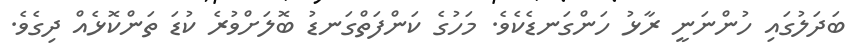
ބަދަލުގައި ހުންނަނީ ރާޅު ހަންގަނޑެކެވެ. މަހުގެ ކަންފަތްގަނޑު ބޮލަށްވުރެ ކުޑަ ތަންކޮޅެއް ދިގެވެ.